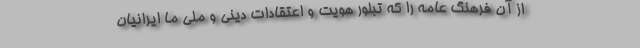
از آن فرهنگ عامه را که تبلور هویت و اعتقادات دینی و ملی ما ایرانیان